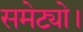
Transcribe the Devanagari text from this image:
समेट्यो।